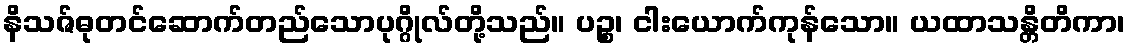
နိသဇ်ဓုတင်ဆောက်တည်သောပုဂ္ဂိုလ်တို့သည်။ ပဉ္စ၊ ငါးယောက်ကုန်သော။ ယထာသန္တိတိကာ၊